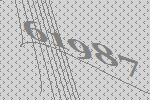
61987